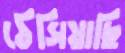
ঠেসিয়াছি